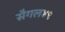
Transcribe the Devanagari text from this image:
सैगल४९